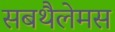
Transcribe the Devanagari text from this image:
सबथैलेमस